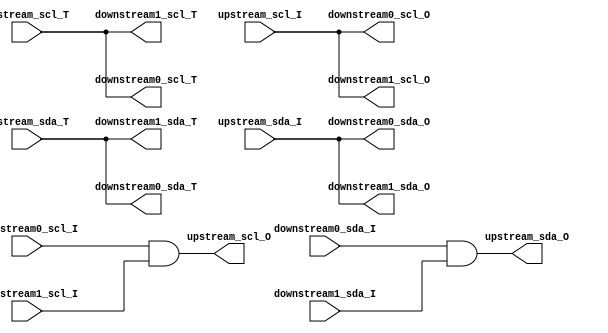
module i2c_extender
(
	input     upstream_scl_T,
	input     upstream_scl_I,
	output    upstream_scl_O,
	input     upstream_sda_T,
	input     upstream_sda_I,
	output    upstream_sda_O,
	
	output    downstream0_scl_T,
	input     downstream0_scl_I,
	output    downstream0_scl_O,
	output    downstream0_sda_T,
	input     downstream0_sda_I,
	output    downstream0_sda_O,
	output    downstream1_scl_T,
	input     downstream1_scl_I,
	output    downstream1_scl_O,
	output    downstream1_sda_T,
	input     downstream1_sda_I,
	output    downstream1_sda_O	
);
assign downstream0_scl_T = upstream_scl_T;
assign downstream0_scl_O = upstream_scl_I;
assign downstream0_sda_T = upstream_sda_T;
assign downstream0_sda_O = upstream_sda_I;
assign downstream1_scl_T = upstream_scl_T;
assign downstream1_scl_O = upstream_scl_I;
assign downstream1_sda_T = upstream_sda_T;
assign downstream1_sda_O = upstream_sda_I;
assign upstream_scl_O = downstream0_scl_I & downstream1_scl_I;
assign upstream_sda_O = downstream0_sda_I & downstream1_sda_I;
endmodule